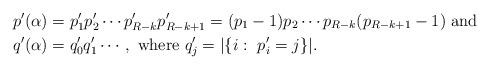
LaTeX: \begin{align*}p'(\alpha)&=p'_1p'_2\cdots p'_{R-k}p'_{R-k+1}=(p_1-1)p_2\cdots p_{R-k}(p_{R-k+1}-1)\hbox{ and }\\q'(\alpha)&=q'_0q'_1\cdots,\hbox{ where }q'_j=|\{i: \ p'_i=j\}|.\end{align*}